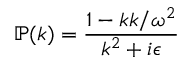
\mathbb { P } ( k ) = { \frac { \mathbb { 1 } - \mathbb { k } \mathbb { k } / \omega ^ { 2 } } { k ^ { 2 } + i \epsilon } }